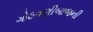
ગોઠવણીબાજની